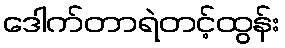
ဒေါက်တာရဲတင့်ထွန်း